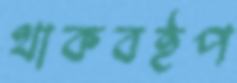
থাকবইপ